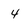
Character: 4